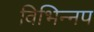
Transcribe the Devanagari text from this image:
विभिन्नप